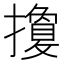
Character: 𢷳